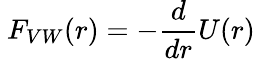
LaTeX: \ F_{VW}(r)=-{\frac{d}{dr}}U(r)